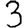
Digit: 3